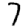
Digit: 7